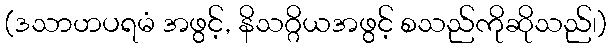
(ဒသာဟပရမံ အဖွင့်, နိသဂ္ဂိယအဖွင့် စသည်ကိုဆိုသည်၊)